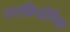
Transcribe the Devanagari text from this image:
एराकिडोनिक